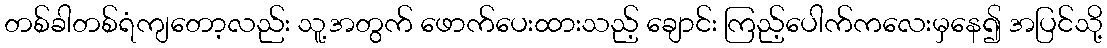
တစ်ခါတစ်ရံကျတော့လည်း သူ့အတွက် ဖောက်ပေးထားသည့် ချောင်း ကြည့်ပေါက်ကလေးမှနေ၍ အပြင်သို့